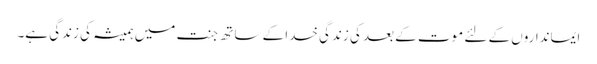
ایمانداروں کے لئے موت کے بعد کی زندگی خدا کے ساتھ جنت میں ہمیشہ کی زندگی ہے۔